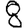
Digit: 8